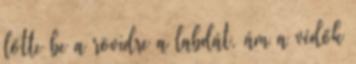
lőtte be a rövidre a labdát, ám a védők